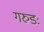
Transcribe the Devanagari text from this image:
गरुडः